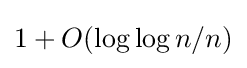
1+O(\log {\log {n}}/n)